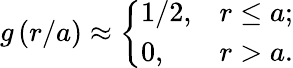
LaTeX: \begin{array}{r}{g\left(r/a\right)\approx\left\{ \begin{array}{ll}{1/2,}&{r\leq a;}\\ {0,}&{r>a.}\end{array}\right.}\end{array}